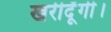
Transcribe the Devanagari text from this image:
खरीदूँगी।